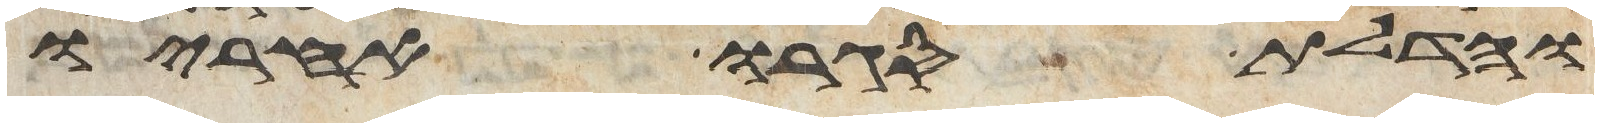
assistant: והדלת סגרו אחריו